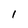
Character: 1